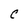
Character: C